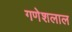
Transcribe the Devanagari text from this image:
गणेशलाल